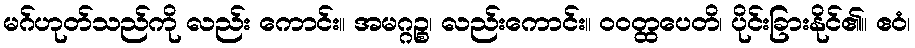
မဂ်ဟုတ်သည်ကို လည်း ကောင်း။ အမဂ္ဂဉ္စ၊ လည်းကောင်း။ ဝဝတ္ထပေတိ၊ ပိုင်းခြားနိုင်၏။ ဧဝံ၊